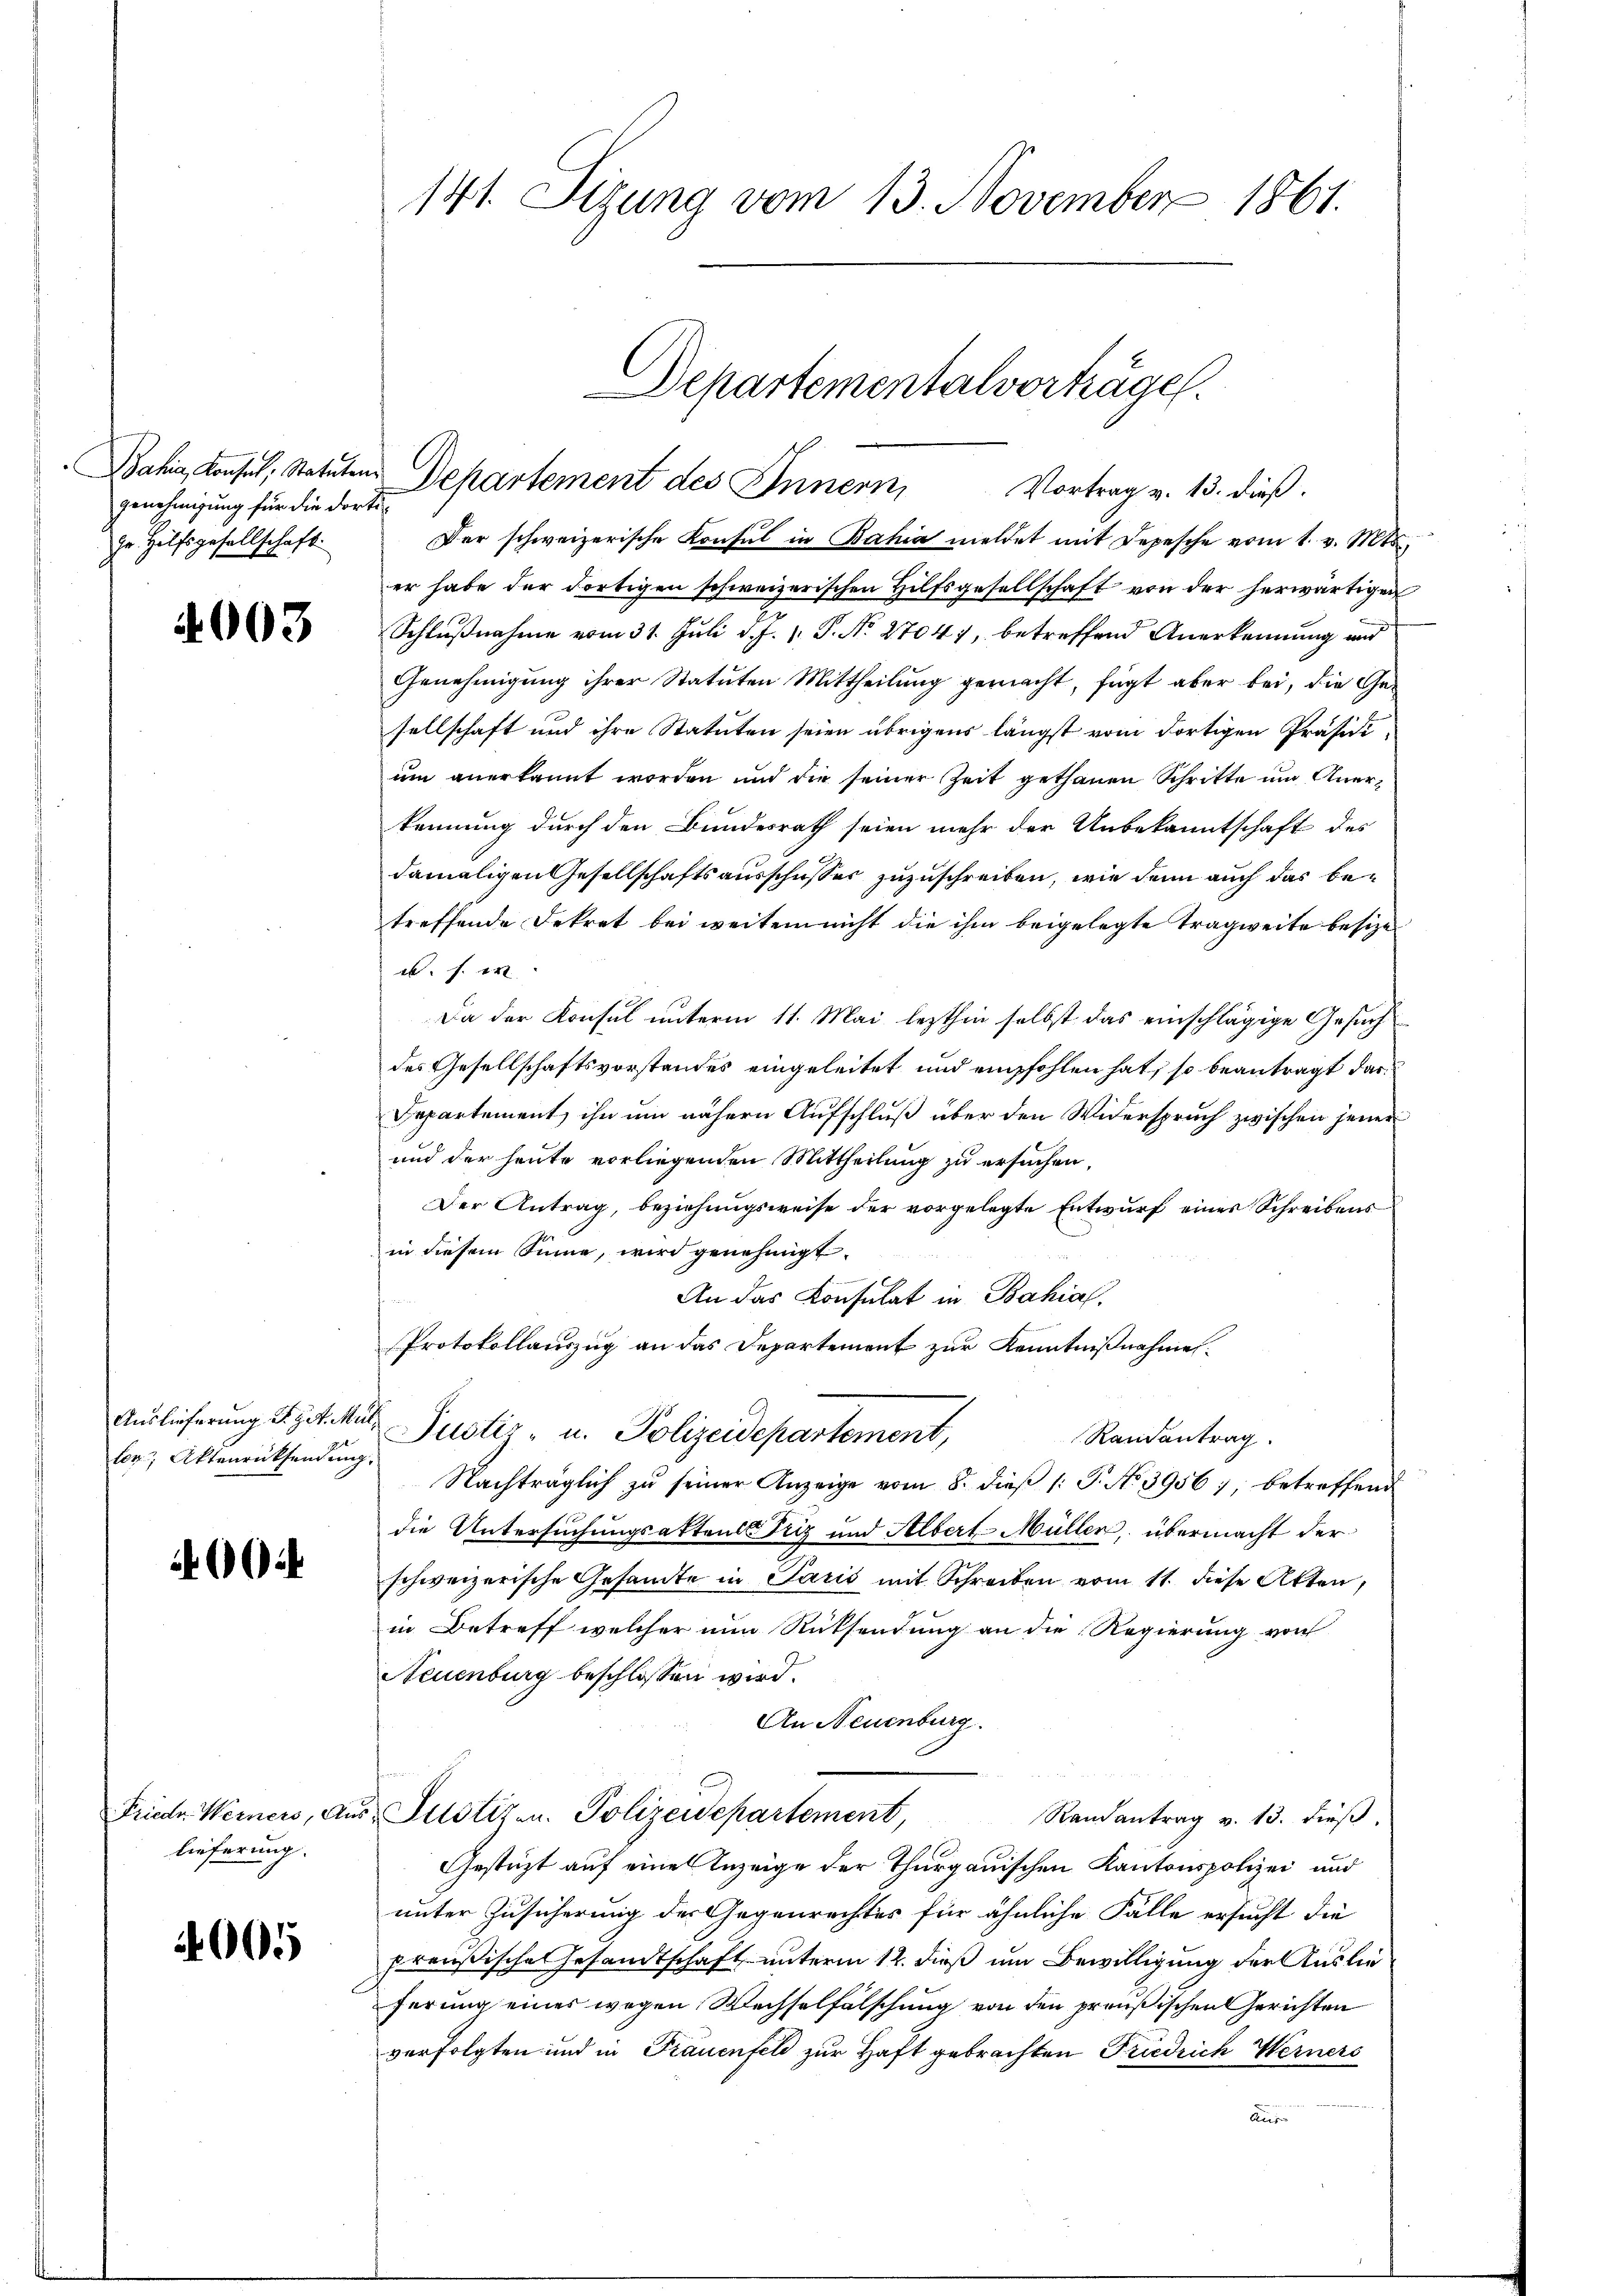
genehmigung für die dortizr Hilfsgesellschaft.

4003

Auslieferung S. z. d. M.
ter Aktenrücksendun

.

Friedr. Werners, An
lieferung.

400

141. Sizung vom 13. November 1861.

Departementalverträge.
Bahia, Konsel, Statuten Departement des Innern,
Vortrag v. 13. dieß.

Der schweizerische Konsul in Bahia meldet mit Depesche vom 1. v. Mts.
er habe der dortigen schweizerischen Hilfsgesellschaft von der herwärtigen
Schlußnahme vom 31. Juli d. J. J. P. No. 27047, betreffend Anerkennung und
Genehmigung ihrer Statuten Mittheilung gemacht, fügt aber bei, die Gesellschaft und ihre Statuten seien übrigens längst vom dortigen Präsidi-
um anerkannt worden und die seiner Zeit gethanen Schritte um Anerkennung durch den Bundesrath seien mehr der Unbekanntschaft des
damaligen Gesellschaftsausschusser zuzuschreiben, wie denn auch das betreffende Dekret bei weitem nicht die ihm beigelegte Tragweite besize
a. f. 1
Da der Konsul unterm 11. Mai lezthin selbst das einschlägige Gesuch
des Gesellschaftsvorstandes eingeleitet und empfohlen hat, so beantragt dar¬
Departement, ihn um nähern Aufschluß über den Widerspruch zwischen jener
und der heute vorliegenden Mittheilung zu ersuchen,
Der Antrag, beziehungsweise der vorgelegte Entwurf eines Schreibens
in diesem Sinne, wird genehmigt.

An das Konsulat in Bahial.
Protokollauszug an das Departement zur Kenntnißnahme
u Justiz- u. Polizeidepartement,
Ramantrag.
f
Nachträglich zu seiner Anzeige vom 8. dieβ (: P. No 3956), betreffend
die Untersuchungsaktens Friz und Albert-Müller, übermacht der
schweizerische Gesandte in Paris mit Schreiben vom 11. diese Atten,
in Betreff welcher nun Rücksendung an die Regierung von
Neuenburg beschlossen wird.
An Neuenburg.
u. Justizen. Polizeidepartement,
Randantrag v. 13. dieβ.
Gestützt auf eine Anzeige der Thurgauischen Kantonspolizei und
unter Zusicherung des Gegenrechtes für ähnliche Fälle ersucht die
preußische Gesandtschaft unterm 12. dieß um Bewilligung der Auslieferung eines wegen Wechselfälschung von den preußischen Gerichten
verfolgten und in Frauenfeld zur Haft gebrachten Friedrich Werners
Aus